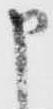
申